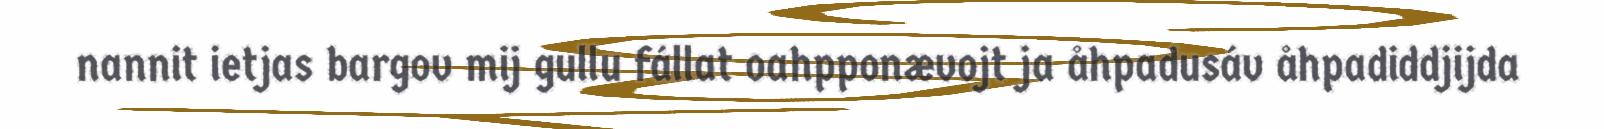
nannit ietjas bargov mij gullu fállat oahpponævojt ja åhpadusáv åhpadiddjijda